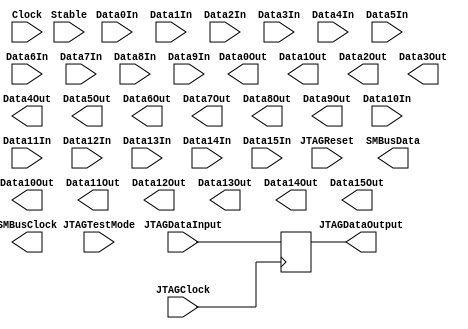
// The Nameless GPU
//
// Copyright (C) 2013 Jacob Holt & Matthew Brades.
// All rights reserved.
// This code is licenced under the NGPUL, file ngpul.txt,
// which you should have recieved with this code. If not, please email Jacob at jacob.matthew.holt@gmail.com
//
// TODO:
// 1) Pad out the controller to be vaguely functional
// 2) (Wishful thinking) Achieve complete PCIe compatibility.
// 3) (Very wishful thinking) Get an article on Tom's Hardware about this.
//
// PCB NOTES:
// Connect up clock using 1xLM311.
// Connect up data lanes using 4xLM339.
// Connect up Present lanes using wire.

module PCIeController (
	// JTAG
	JTAGClock,	// Pin A5 - Input
	JTAGDataInput,	// Pin A6 - Input
	JTAGDataOutput, // Pin A7 - Output
	JTAGTestMode,	// Pin A8 - Input
	JTAGReset,	// Pin B9 - Input

	// System Management Bus
	SMBusClock, 	// Pin B5 - Output
	SMBusData, 	// Pin B6 - Output

	// Link
	Stable,		// Pin B17 - Input

	// Clock
	Clock,		// Pin A13, A14 - Input

	// Data 
        Data0In,        // Pin A16, A17 - Input
	Data0Out,	// Pin B14, B15 - Output
	Data1In,	// Pin A21, A22 - Input
	Data1Out,	// Pin B19, B20 - Output
	Data2In,	// Pin A25, A26 - Input
	Data2Out,	// Pin B23, B24 - Output
	Data3In,	// Pin A29, A30 - Input
	Data3Out,	// Pin B27, B28 - Output
	Data4In,	// Pin A35, A36 - Input
	Data4Out, 	// Pin B33, B34 - Output
	Data5In,	// Pin A39, A40 - Input
	Data5Out,	// Pin B37, B38 - Output
	Data6In,	// Pin A43, A44 - Input
	Data6Out,	// Pin B41, B42 - Output
	Data7In,	// Pin A47, A48 - Input
	Data7Out,	// Pin B45, B46 - Output
        Data8In,        // Pin A52, A53 - Input
        Data8Out,       // Pin B50, B51 - Output
        Data9In,        // Pin A56, A57 - Input
        Data9Out,       // Pin B54, B55 - Output
        Data10In,       // Pin A60, A61 - Input
        Data10Out,      // Pin B58, B59 - Output
        Data11In,       // Pin A64, A65 - Input
        Data11Out,      // Pin B62, B63 - Output
        Data12In,       // Pin A66, A67 - Input
        Data12Out,      // Pin B64, B65 - Output
        Data13In,       // Pin A72, A73 - Input
        Data13Out,      // Pin B70, B71 - Output
        Data14In,       // Pin A76, A77 - Input
        Data14Out,      // Pin B78, B79 - Output
        Data15In,       // Pin A80, A81 - Input
        Data15Out       // Pin B78, B79 - Output
);

// JTAG
input 	wire	JTAGClock;
input 	wire	JTAGDataInput;
output 	reg	JTAGDataOutput;
input 	wire	JTAGTestMode;
input 	wire	JTAGReset;

// System Management Bus
output 	reg	SMBusClock;
output 	reg	SMBusData;

// Link
input 	wire	Stable;

// Clock
input 	wire	Clock;

// Data
input 	wire	Data0In;
output 	reg	Data0Out;
input   wire	Data1In;
output  reg	Data1Out;
input   wire	Data2In;
output  reg	Data2Out;
input   wire	Data3In;
output  reg	Data3Out;
input   wire	Data4In;
output  reg	Data4Out;
input   wire	Data5In;
output  reg	Data5Out;
input   wire	Data6In;
output  reg	Data6Out;
input   wire	Data7In;
output  reg	Data7Out;
input   wire	Data8In;
output  reg	Data8Out;
input   wire	Data9In;
output  reg	Data9Out;
input   wire	Data10In;
output  reg	Data10Out;
input   wire	Data11In;
output  reg	Data11Out;
input   wire	Data12In;
output  reg	Data12Out;
input   wire	Data13In;
output  reg	Data13Out;
input   wire	Data14In;
output  reg	Data14Out;
input   wire	Data15In;
output  reg	Data15Out;

always @ (posedge JTAGClock)
begin
	JTAGDataOutput = JTAGDataInput;
end

endmodule